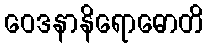
ဝေဒနာနိရောဓောတိ